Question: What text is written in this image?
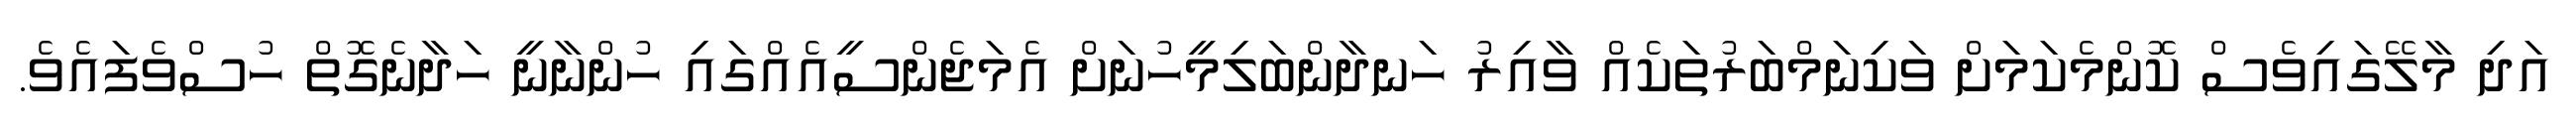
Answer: އަދި މާލޭގައިވެސް ކޮންމެކަމަށް ވަކިނަމްބަރުތަކެއް ވާއިރު ހަނދާންބަލިމީހުނަށް އެމަޖެންސީއެއްގައި ހުންނާނީ ހަދާނެގޮތް ހުސްވެފައެވެ.